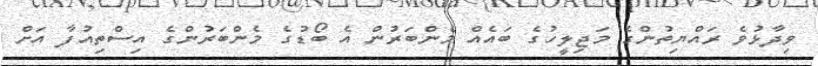
ވިދާޅުވެ ރައްޔިތުންގެ މަޖިލީހުގެ ބައެއް މެންބަރުން އެ ބޯޑުގެ މެންބަރުންގެ އިސްތިއުފާ އަށް